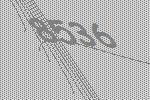
8536